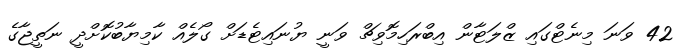
42 ވަނަ މިނެޓްގައި ޒްލަޓާން އިބްރަހިމޮވިޗް ވަނީ ޔުނައިޓެޑަށް ގޯލެއް ކާމިޔާބުކޮށްދީ ނަތީޖާގެ